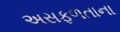
અસફળતાના